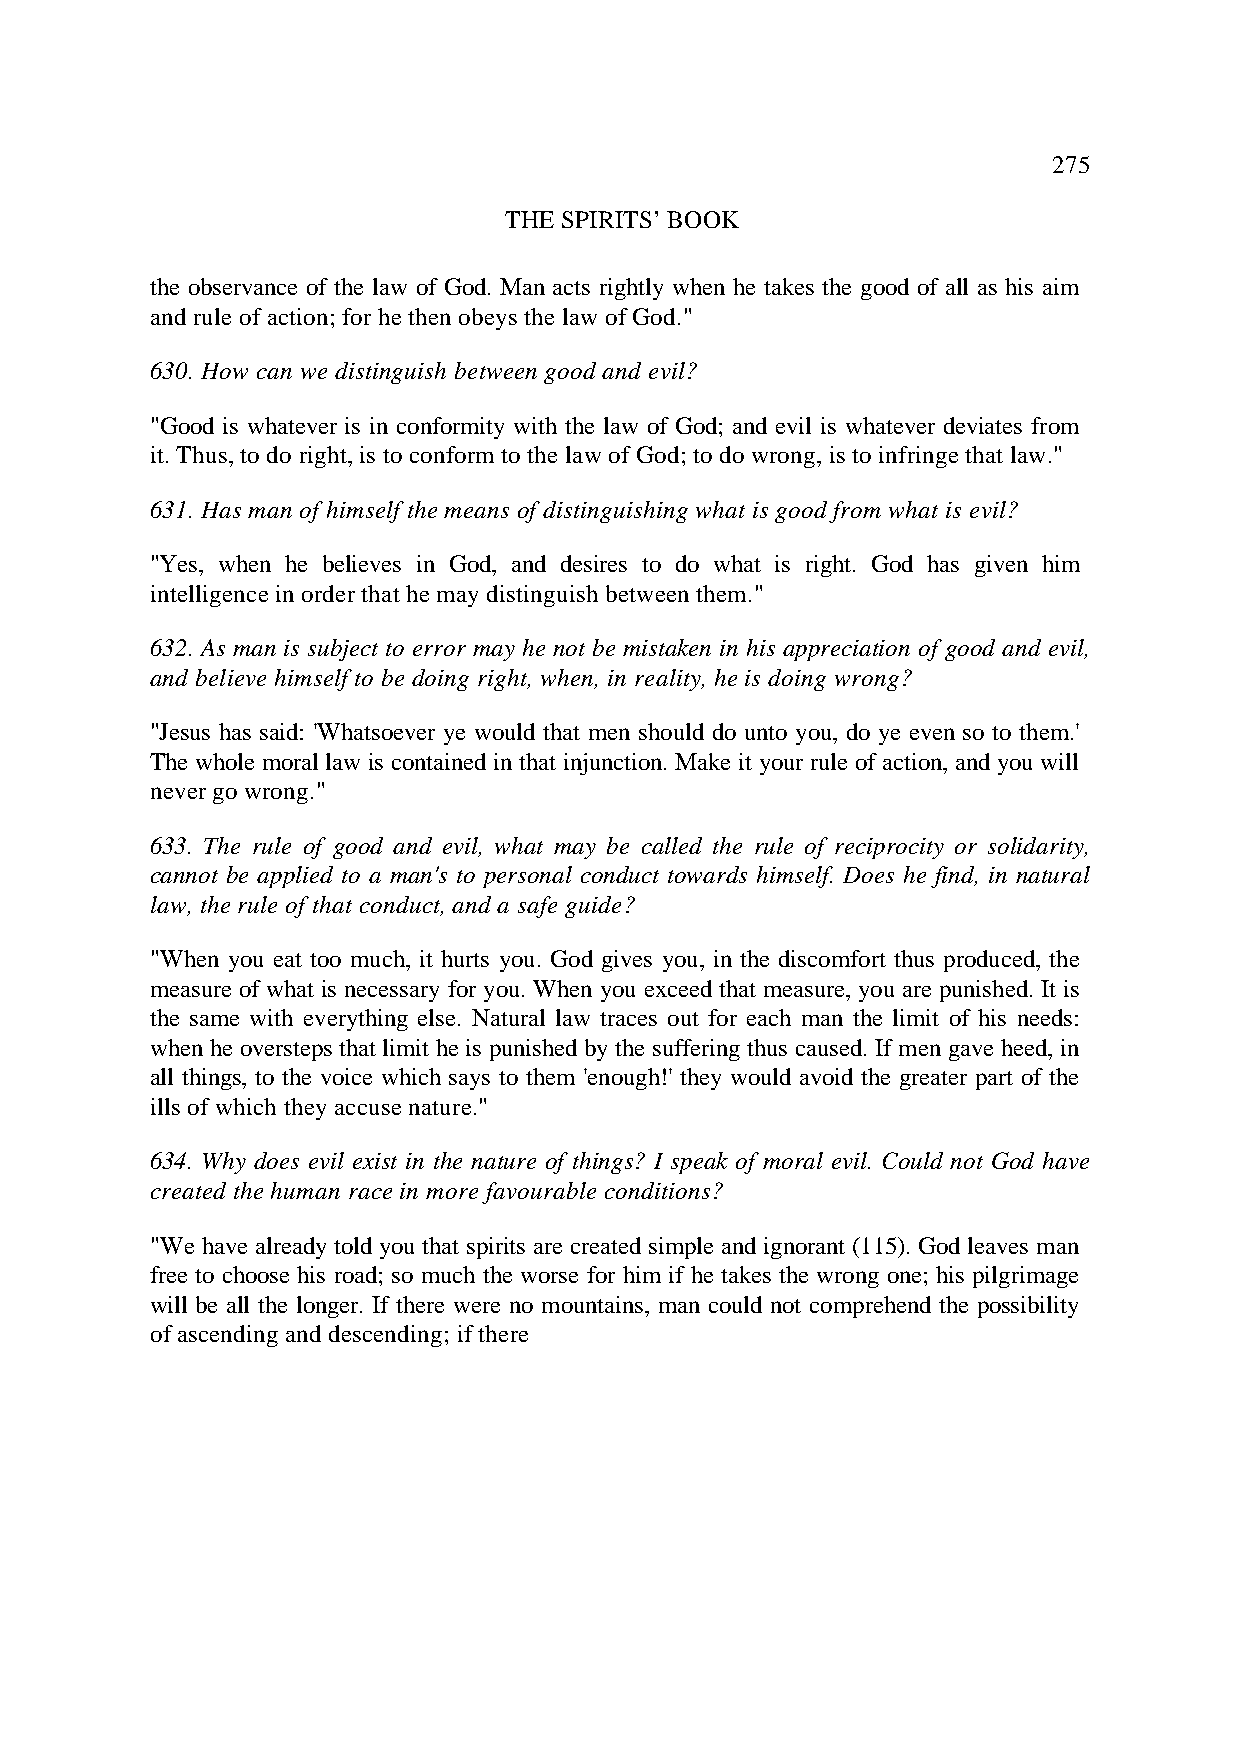
275
 THE SPIRITS’ BOOK
 the observance of the law of God. Man acts rightly when he takes the good of all as his aim
 and rule of action; for he then obeys the law of God."
 630. How can we distinguish between good and evil?
 "Good is whatever is in conformity with the law of God; and evil is whatever deviates from
 it. Thus, to do right, is to conform to the law of God; to do wrong, is to infringe that law."
 631. Has man of himself the means of distinguishing what is good from what is evil?
 "Yes, when he believes in God, and desires to do what is right. God has given him
 intelligence in order that he may distinguish between them."
 632. As man is subject to error may he not be mistaken in his appreciation of good and evil,
 and believe himself to be doing right, when, in reality, he is doing wrong?
 "Jesus has said: 'Whatsoever ye would that men should do unto you, do ye even so to them.'
 The whole moral law is contained in that injunction. Make it your rule of action, and you will
 never go wrong."
 633. The rule of good and evil, what may be called the rule of reciprocity or solidarity,
 cannot be applied to a man's to personal conduct towards himself. Does he find, in natural
 law, the rule of that conduct, and a safe guide?
 "When you eat too much, it hurts you. God gives you, in the discomfort thus produced, the
 measure of what is necessary for you. When you exceed that measure, you are punished. It is
 the same with everything else. Natural law traces out for each man the limit of his needs:
 when he oversteps that limit he is punished by the suffering thus caused. If men gave heed, in
 all things, to the voice which says to them 'enough!' they would avoid the greater part of the
 ills of which they accuse nature."
 634. Why does evil exist in the nature of things? I speak of moral evil. Could not God have
 created the human race in more favourable conditions?
 "We have already told you that spirits are created simple and ignorant (115). God leaves man
 free to choose his road; so much the worse for him if he takes the wrong one; his pilgrimage
 will be all the longer. If there were no mountains, man could not comprehend the possibility
 of ascending and descending; if there